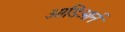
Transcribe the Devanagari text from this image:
ओडिओर्न